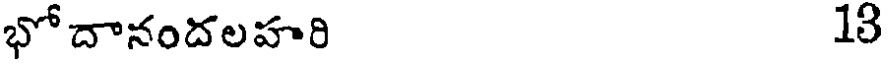
భోదానందలహరి 13